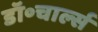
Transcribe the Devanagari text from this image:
डॉ॰चार्ल्स